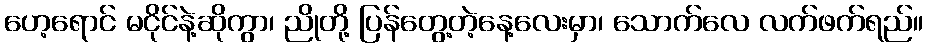
ဟေ့ရောင် မငိုင်နဲ့ဆိုကွာ၊ ညိုတို့ ပြန်တွေ့တဲ့နေ့လေးမှာ၊ သောက်လေ လက်ဖက်ရည်။